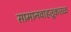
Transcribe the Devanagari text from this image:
सामानवाहतूकतळ